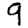
Digit: 9